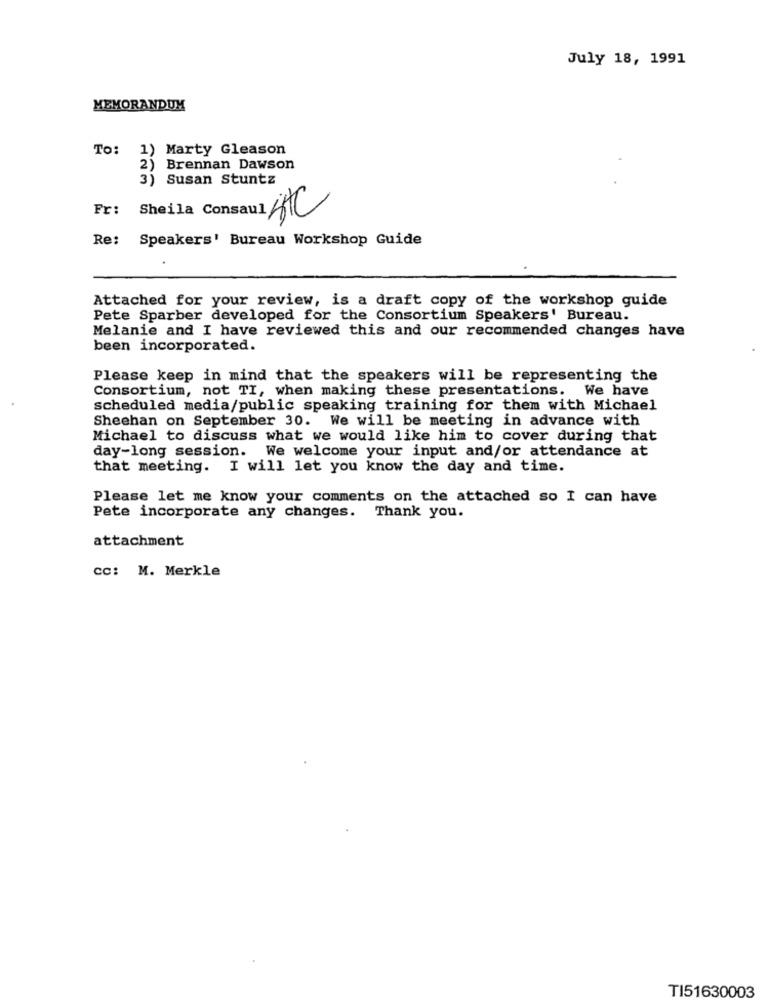
July 18, 1991
MEMORANDUM
To: 1) Marty Gleason
2)
Brennan Dawson
3) Susan Stuntz
Fr:
Sheila Consaul HTC
Re:
Speakers' Bureau Workshop Guide
Attached for your review, is a draft copy of the workshop guide
Pete Sparber developed for the Consortium Speakers' Bureau.
Melanie and I have reviewed this and our recommended changes have
been incorporated.
Please keep in mind that the speakers will be representing the
Consortium, not TI, when making these presentations. We have
scheduled media/public speaking training for them with Michael
Sheehan on September 30. We will be meeting in advance with
Michael to discuss what we would like him to cover during that
day-long session.
We welcome your input and/or attendance at
that meeting. I will let you know the day and time.
Please let me know your comments on the attached so I can have
Pete incorporate any changes. Thank you.
attachment
cc: M. Merkle
TI51630003